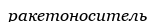
ракетоноситель